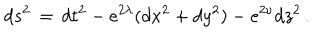
LaTeX: d s ^ { 2 } \, = \, d t ^ { 2 } - e ^ { 2 \lambda } ( d x ^ { 2 } + d y ^ { 2 } ) - e ^ { 2 \nu } d z ^ { 2 } \, .